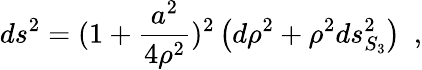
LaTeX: ds^{2}=(1+{\frac{a^{2}}{4\rho^{2}}})^{2}\left(d\rho^{2}+\rho^{2}ds_{S_{3}}^{2}\right)~~,